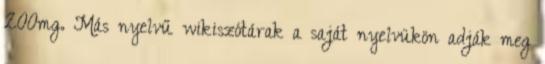
200mg. Más nyelvű wikiszótárak a saját nyelvükön adják meg